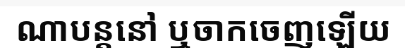
ណាបន្តនៅ ឬចាកចេញឡើយ